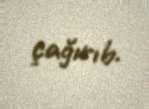
çağırıb.